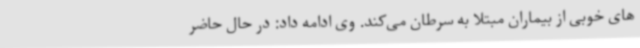
های خوبی از بیماران مبتلا به سرطان می‌کند. وی ادامه داد: در حال حاضر